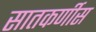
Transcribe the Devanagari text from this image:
सातकर्णीस